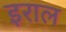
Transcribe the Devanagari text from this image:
इराल